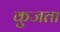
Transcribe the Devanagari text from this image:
कुजता